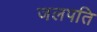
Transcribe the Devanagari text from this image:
जलपति